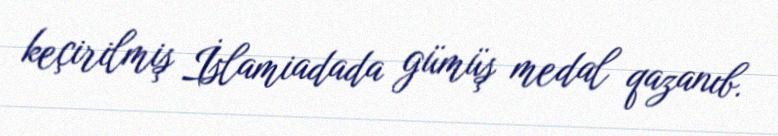
keçirilmiş İslamiadada gümüş medal qazanıb.